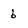
Character: 6